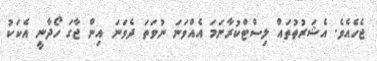
ޖެހެއެވެ. އެޝަރުތުތައް ލިސްޓްކުރާނަމަ އެއްވަނަ ނުވަތަ ދެވަނަ އިން ޖާގަ ހޯދާނީ އެކަކު